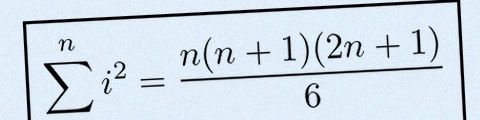
\sum_{i=1}^{n}i^2=\frac{n(n+1)(2n+1)}6